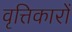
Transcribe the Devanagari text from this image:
वृत्तिकारों